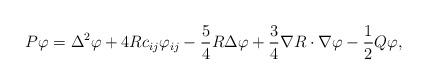
LaTeX: \begin{align*}P\varphi =\Delta ^{2}\varphi +4Rc_{ij}\varphi _{ij}-\frac{5}{4}R\Delta\varphi +\frac{3}{4}\nabla R\cdot \nabla \varphi -\frac{1}{2}Q\varphi ,\end{align*}